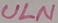
Text: ULN